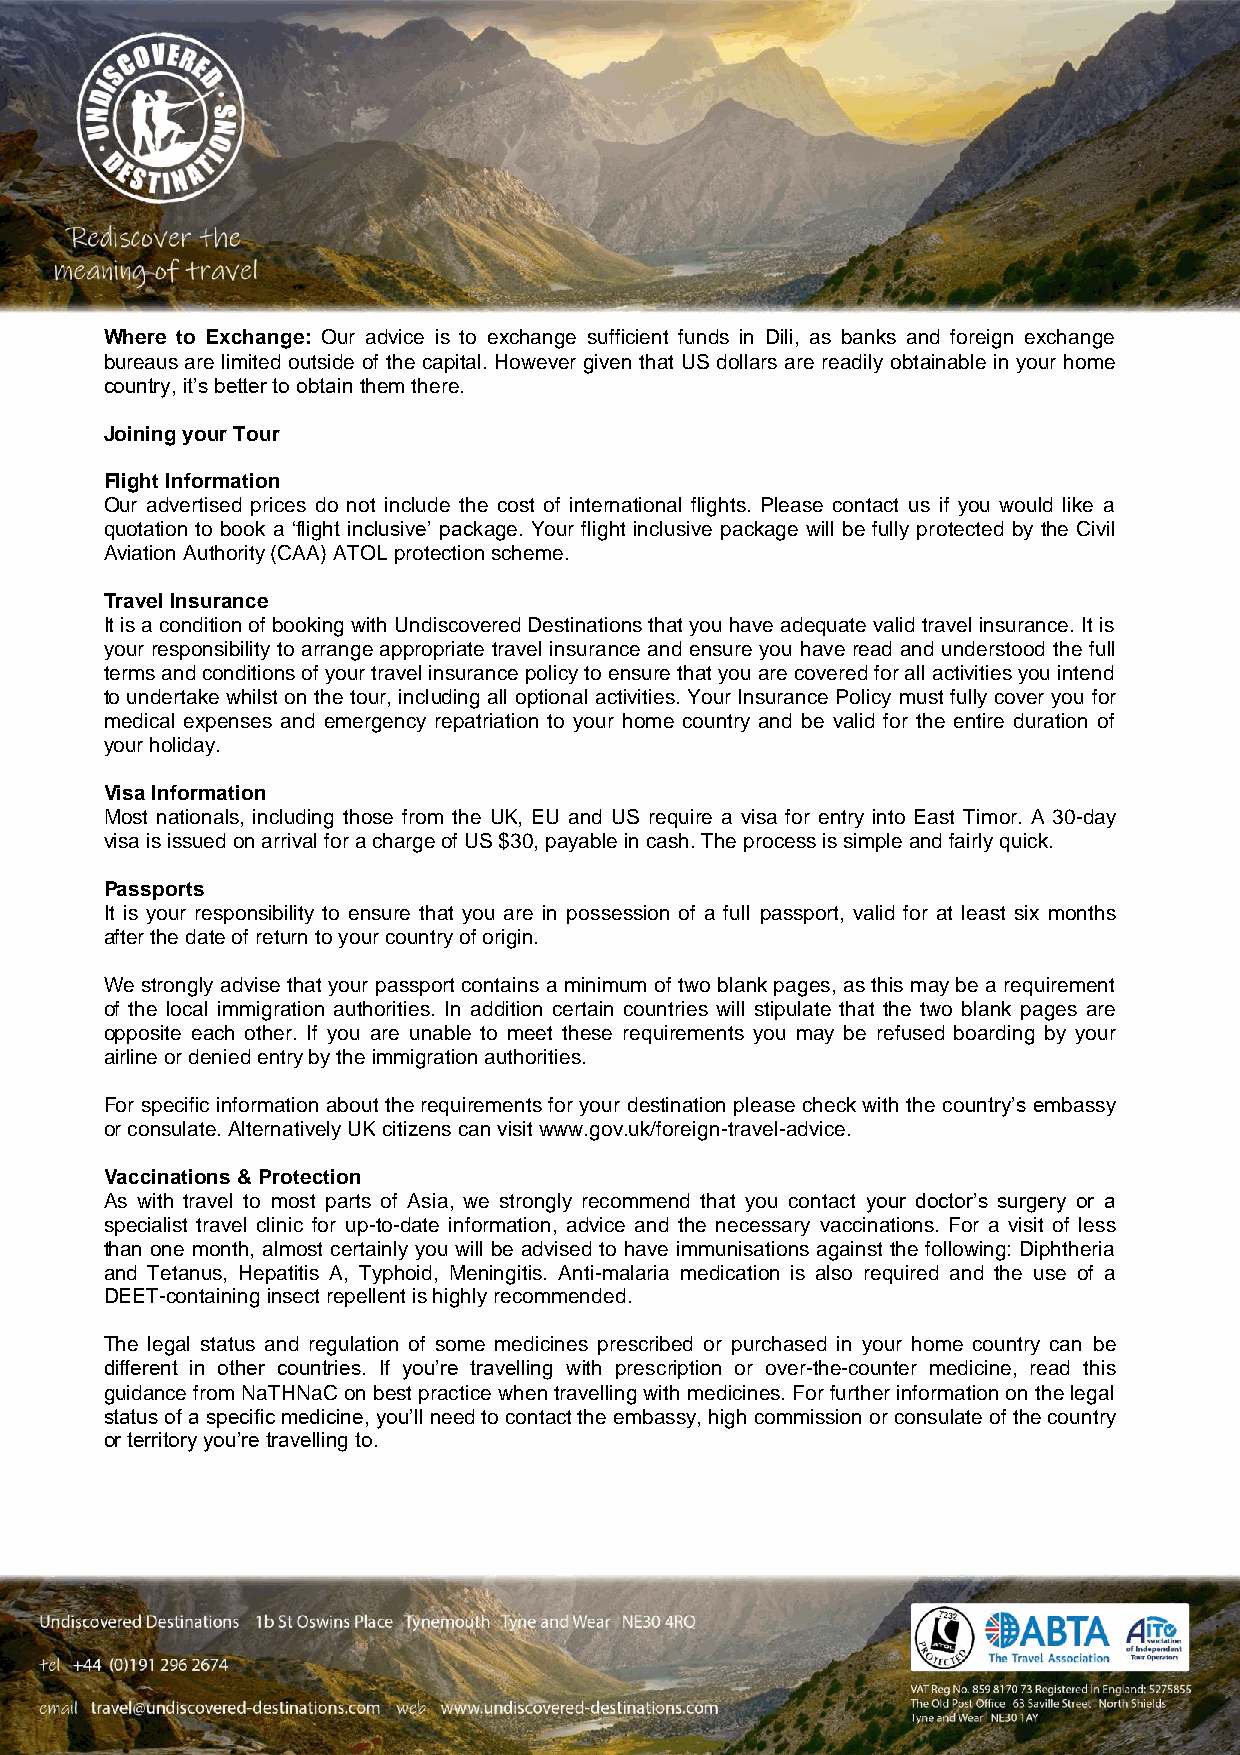
Where to Exchange: Our advice is to exchange sufficient funds in Dili, as banks and foreign exchange
 bureaus are limited outside of the capital. However given that US dollars are readily obtainable in your home
 country, it’s better to obtain them there.
 Joining your Tour
 Flight Information
 Our advertised prices do not include the cost of international flights. Please contact us if you would like a
 quotation to book a ‘flight inclusive’ package. Your flight inclusive package will be fully protected by the Civil
 Aviation Authority (CAA) ATOL protection scheme.
 Travel Insurance
 It is a condition of booking with Undiscovered Destinations that you have adequate valid travel insurance. It is
 your responsibility to arrange appropriate travel insurance and ensure you have read and understood the full
 terms and conditions of your travel insurance policy to ensure that you are covered for all activities you intend
 to undertake whilst on the tour, including all optional activities. Your Insurance Policy must fully cover you for
 medical expenses and emergency repatriation to your home country and be valid for the entire duration of
 your holiday.
 Visa Information
 Most nationals, including those from the UK, EU and US require a visa for entry into East Timor. A 30-day
 visa is issued on arrival for a charge of US $30, payable in cash. The process is simple and fairly quick.
 Passports
 It is your responsibility to ensure that you are in possession of a full passport, valid for at least six months
 after the date of return to your country of origin.
 We strongly advise that your passport contains a minimum of two blank pages, as this may be a requirement
 of the local immigration authorities. In addition certain countries will stipulate that the two blank pages are
 opposite each other. If you are unable to meet these requirements you may be refused boarding by your
 airline or denied entry by the immigration authorities.
 For specific information about the requirements for your destination please check with the country’s embassy
 or consulate. Alternatively UK citizens can visit www.gov.uk/foreign-travel-advice.
 Vaccinations & Protection
 As with travel to most parts of Asia, we strongly recommend that you contact your doctor’s surgery or a
 specialist travel clinic for up-to-date information, advice and the necessary vaccinations. For a visit of less
 than one month, almost certainly you will be advised to have immunisations against the following: Diphtheria
 and Tetanus, Hepatitis A, Typhoid, Meningitis. Anti-malaria medication is also required and the use of a
 DEET-containing insect repellent is highly recommended.
 The legal status and regulation of some medicines prescribed or purchased in your home country can be
 different in other countries. If you’re travelling with prescription or over-the-counter medicine, read this
 guidance from NaTHNaC on best practice when travelling with medicines. For further information on the legal
 status of a specific medicine, you’ll need to contact the embassy, high commission or consulate of the country
 or territory you’re travelling to.